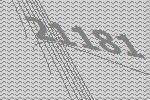
21181